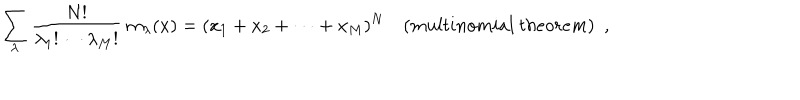
LaTeX: \sum _ { \lambda } \frac { N ! } { { \lambda _ { 1 } } ! \cdots { \lambda _ { M } } ! } ~ m _ { \lambda } ( x ) = ( x _ { 1 } + x _ { 2 } + \cdots + x _ { M } ) ^ { N } ~ ( m u l t i n o m i a l ~ t h e o r e m ) \, \, \, ,